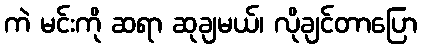
ကဲ မင်းကို ဆရာ ဆုချမယ်၊ လိုချင်တာပြော